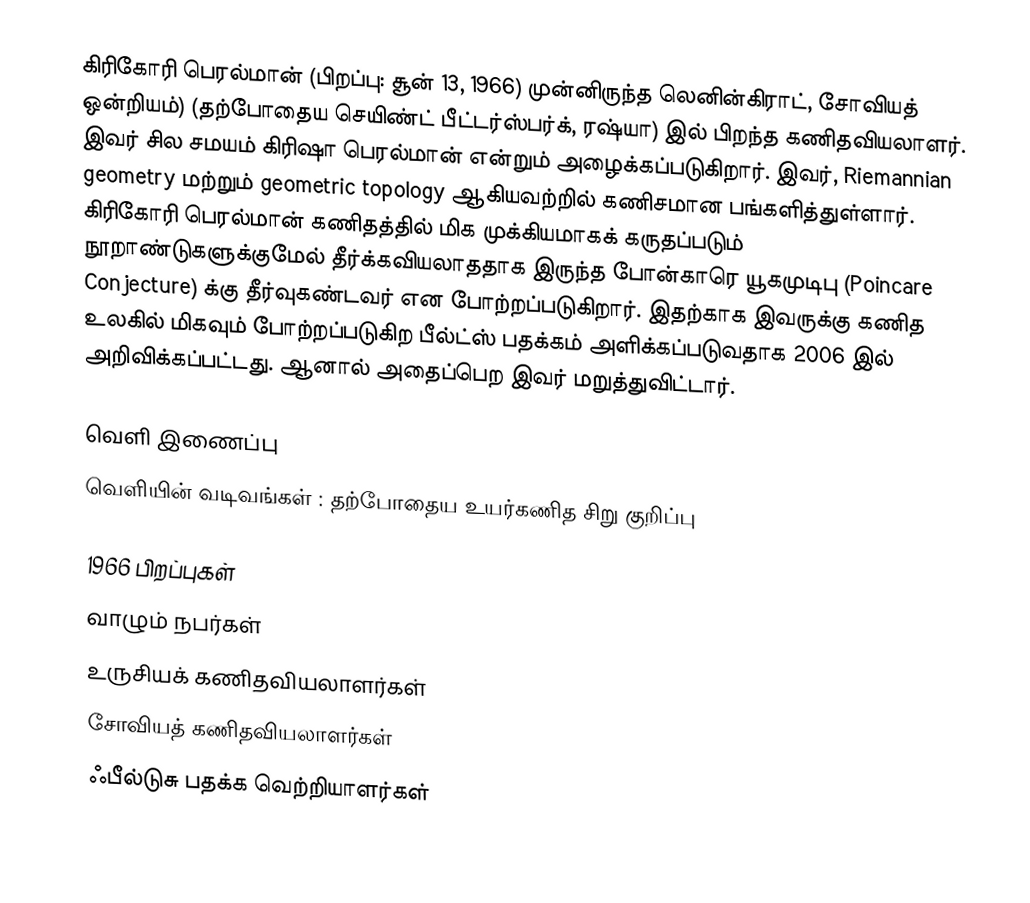
கிரிகோரி பெரல்மான் (பிறப்பு: சூன் 13, 1966) முன்னிருந்த லெனின்கிராட், சோவியத் ஒன்றியம்) (தற்போதைய செயிண்ட் பீட்டர்ஸ்பர்க், ரஷ்யா) இல் பிறந்த கணிதவியலாளர். இவர் சில சமயம் கிரிஷா பெரல்மான் என்றும் அழைக்கப்படுகிறார். இவர், Riemannian geometry மற்றும் geometric topology ஆகியவற்றில் கணிசமான பங்களித்துள்ளார். கிரிகோரி பெரல்மான் கணிதத்தில் மிக முக்கியமாகக் கருதப்படும் நூறாண்டுகளுக்குமேல் தீர்க்கவியலாததாக இருந்த போன்காரெ யூகமுடிபு (Poincare Conjecture) க்கு தீர்வுகண்டவர் என போற்றப்படுகிறார். இதற்காக இவருக்கு கணித உலகில் மிகவும் போற்றப்படுகிற பீல்ட்ஸ் பதக்கம் அளிக்கப்படுவதாக 2006 இல் அறிவிக்கப்பட்டது. ஆனால் அதைப்பெற இவர் மறுத்துவிட்டார்.

வெளி இணைப்பு
 வெளியின் வடிவங்கள் : தற்போதைய உயர்கணித சிறு குறிப்பு

1966 பிறப்புகள்
வாழும் நபர்கள்
உருசியக் கணிதவியலாளர்கள்
சோவியத் கணிதவியலாளர்கள்
ஃபீல்டுசு பதக்க வெற்றியாளர்கள்